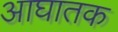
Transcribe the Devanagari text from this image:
आघातक